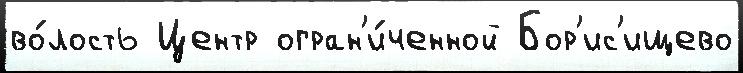
во́лость Центр огран'и́ченной Бор'ис'ищево